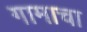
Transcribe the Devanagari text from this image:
गामाचा